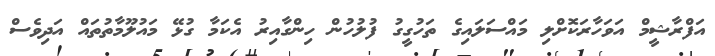
އަފްރާޝީމް އަވަހާރަކޮށްލި މައްސަލައިގެ ތަހުގީގު ފުލުހުން ހިންގާއިރު އެކަމާ ގުޅޭ މައުލޫމާތުތައް އަދިވެސް